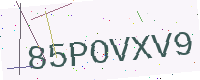
Text: 85POVXV9